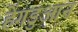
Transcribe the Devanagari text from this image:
हेंगडुआन